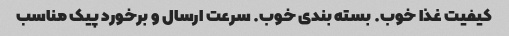
کیفیت غذا خوب. بسته بندی خوب. سرعت ارسال و برخورد پیک مناسب